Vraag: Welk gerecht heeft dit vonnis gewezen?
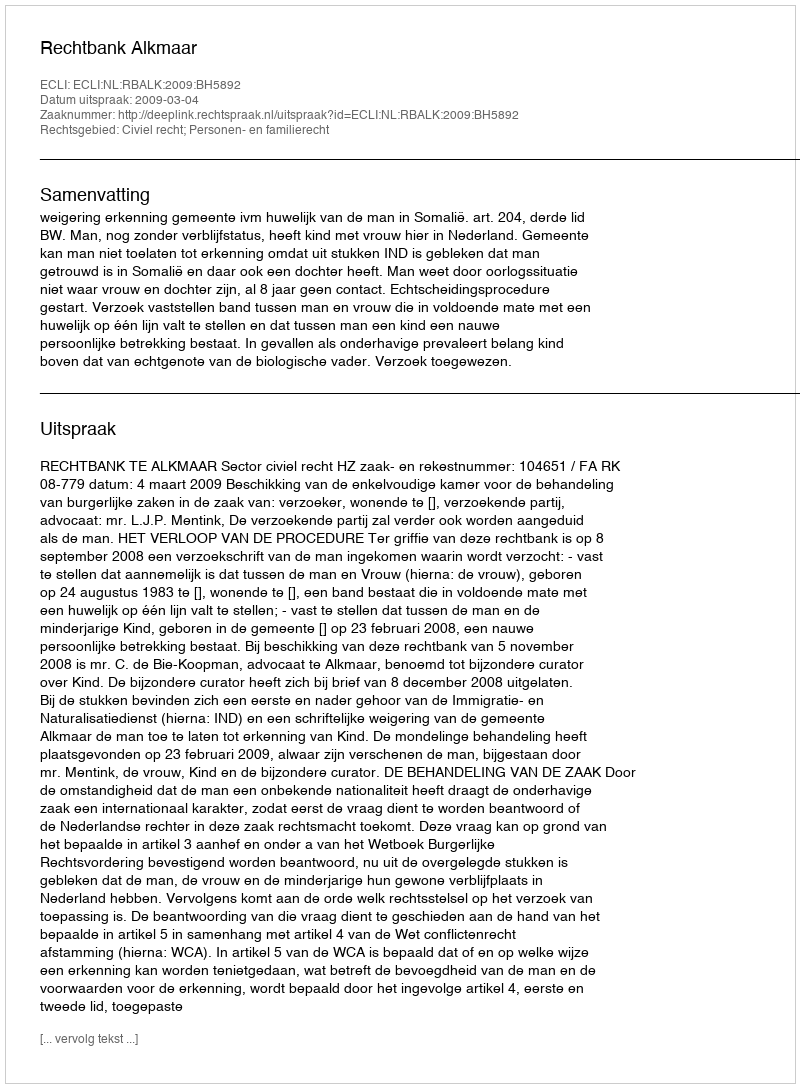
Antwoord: Rechtbank Alkmaar